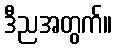
ဒီညအတွက်။